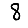
Digit: 8